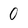
Character: 0